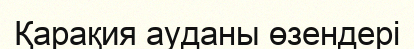
Қарақия ауданы өзендері